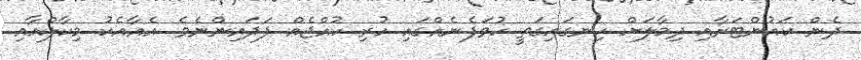
ދެން ކައުންޓަރާއި ދިމާލަށް ހިނގައިގަތީ ހުވަފެނެއްގައި ހުރި ކުއްޖެއް ފަދައިންނެވެ. އެއާއެކު މިކާލްއާއި